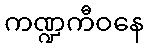
ကဏ္ဍကီဝနေ